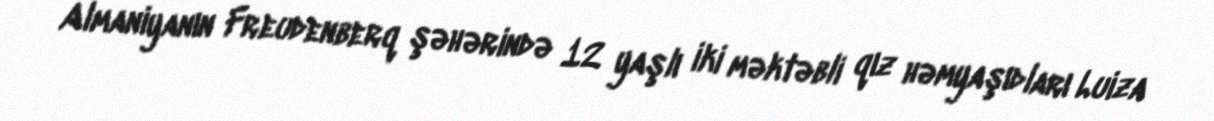
Almaniyanın Freudenberq şəhərində 12 yaşlı iki məktəbli qız həmyaşıdları Luiza